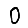
Digit: 0